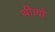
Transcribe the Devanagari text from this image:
थी।वो